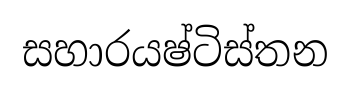
සහාරයෂ්ටිස්තන